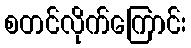
စတင်လိုက်ကြောင်း